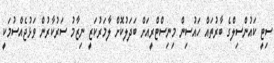
ސިޓީ ކައުންސިލްގެ ބާރުތައް ހައުސިން މިނިސްޓްރީއަށް ބަދަލުކޮށް ލާމަރުކަޒީ ނިޒާމު ސަރުކާރުން ވަޅުޖެއްސުމަކީ